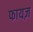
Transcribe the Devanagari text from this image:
फायज़